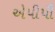
એપીપી